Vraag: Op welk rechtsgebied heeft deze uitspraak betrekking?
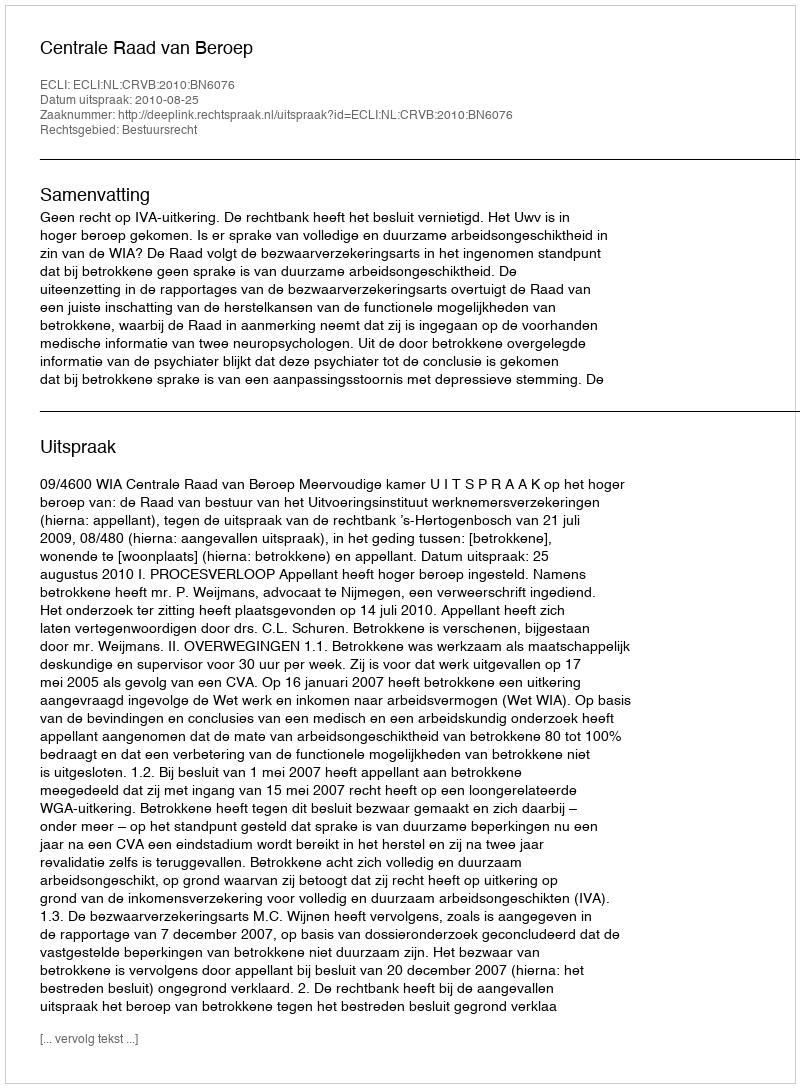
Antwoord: Bestuursrecht